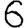
Digit: 6